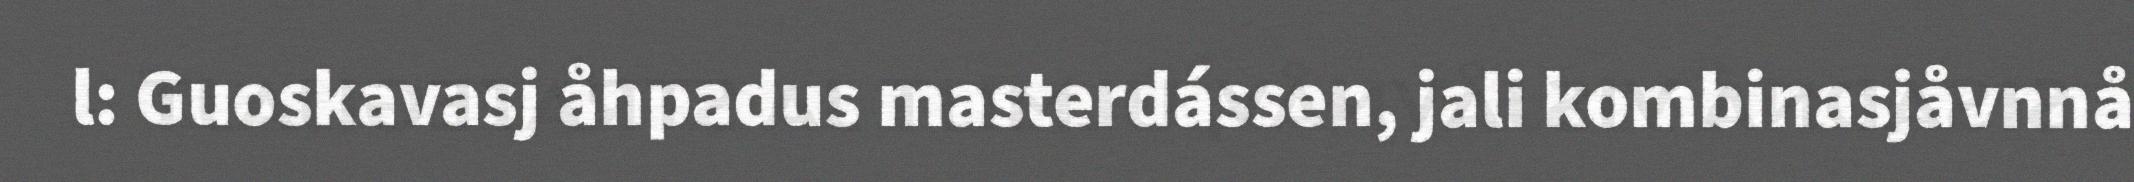
l: Guoskavasj åhpadus masterdássen, jali kombinasjåvnnå